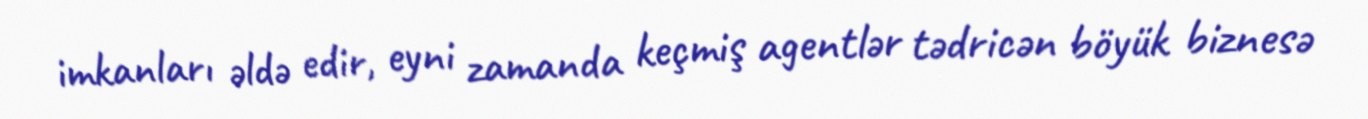
imkanları əldə edir, eyni zamanda keçmiş agentlər tədricən böyük biznesə